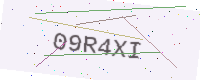
Text: 09R4XI